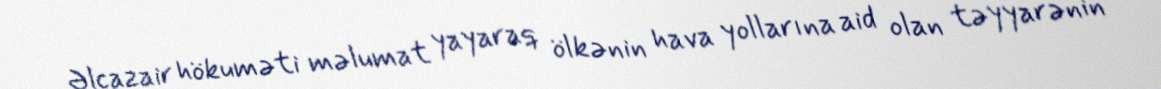
Əlcazair hökuməti məlumat yayaraq ölkənin hava yollarına aid olan təyyarənin